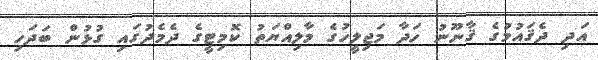
އަދި ދެޤައުމުގެ ޤާނޫނު ހަދާ މަޖިލީހުގެ މާލިއްޔަތު ކޮމިޓީގެ ދެމެދުގައި ގުޅުން ބަދަހި